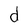
Character: d